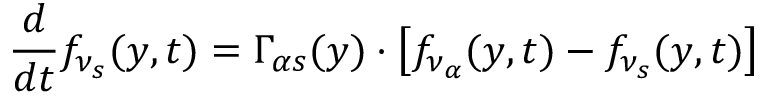
\frac { d } { d t } f _ { \nu _ { s } } ( y , t ) = \Gamma _ { \alpha s } ( y ) \cdot \left[ f _ { \nu _ { \alpha } } ( y , t ) - f _ { \nu _ { s } } ( y , t ) \right]